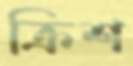
ক্রিশ